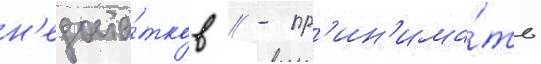
н'едоста́тков // - пр'ин'има́ть